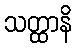
သတ္ထာနိ